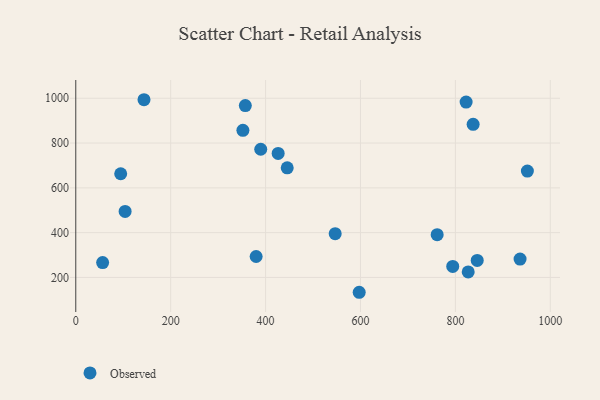
{"axis": {"x": "Experience", "y": "Salary"}, "legend": ["Observed"], "data": [{"x": "827.0", "y": 224.8, "type": "Observed"}, {"x": "546.7", "y": 395.5, "type": "Observed"}, {"x": "597.3", "y": 133.8, "type": "Observed"}, {"x": "389.8", "y": 772.3, "type": "Observed"}, {"x": "352.2", "y": 856.6, "type": "Observed"}, {"x": "837.4", "y": 883.7, "type": "Observed"}, {"x": "951.7", "y": 674.7, "type": "Observed"}, {"x": "936.3", "y": 282.2, "type": "Observed"}, {"x": "94.7", "y": 663.0, "type": "Observed"}, {"x": "822.6", "y": 983.0, "type": "Observed"}, {"x": "445.6", "y": 689.5, "type": "Observed"}, {"x": "104.0", "y": 494.7, "type": "Observed"}, {"x": "846.0", "y": 276.0, "type": "Observed"}, {"x": "794.4", "y": 249.0, "type": "Observed"}, {"x": "56.6", "y": 266.2, "type": "Observed"}, {"x": "426.5", "y": 753.7, "type": "Observed"}, {"x": "357.3", "y": 967.5, "type": "Observed"}, {"x": "380.1", "y": 293.4, "type": "Observed"}, {"x": "761.6", "y": 391.1, "type": "Observed"}, {"x": "143.8", "y": 993.4, "type": "Observed"}]}